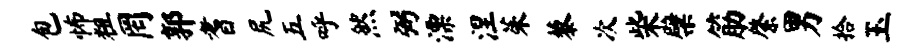
包怖粗罔郭耆尻五呼然弼漂涅茱藜次柴檗筋綮男拾玉